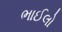
ભાઈલો